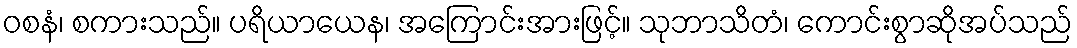
ဝစနံ၊ စကားသည်။ ပရိယာယေန၊ အကြောင်းအားဖြင့်။ သုဘာသိတံ၊ ကောင်းစွာဆိုအပ်သည်